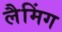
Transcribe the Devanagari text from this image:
लैमिंग